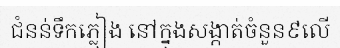
ជំនន់ទឹកភ្លៀង នៅក្នុងសង្កាត់ចំនួន៩លើ